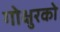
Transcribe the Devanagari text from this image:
गोक्षुरको